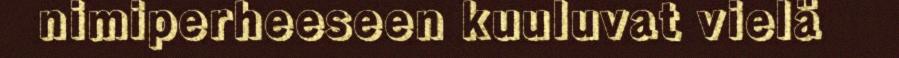
nimiperheeseen kuuluvat vielä